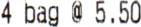
4 BAG @ 5.50